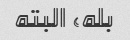
بله، البته